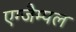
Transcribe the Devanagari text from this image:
एग्जैम्पल